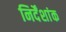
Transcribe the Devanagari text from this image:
निर्देंशांक